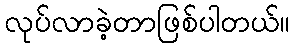
လုပ်လာခဲ့တာဖြစ်ပါတယ်။